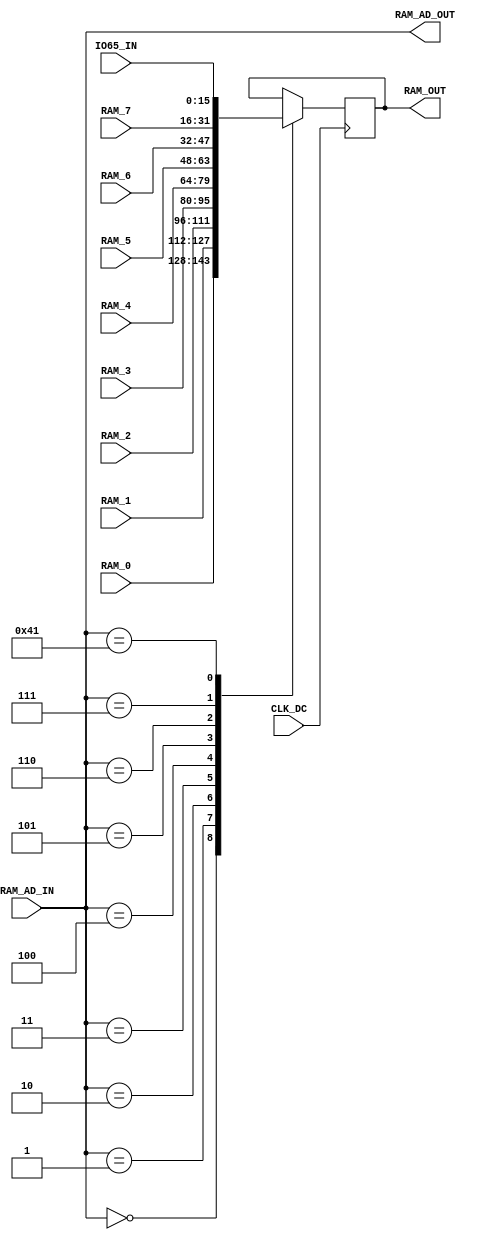
module ram_dc(
    input CLK_DC,
    input[7:0] RAM_AD_IN,
    input[15:0] RAM_0,
    input[15:0] RAM_1,
    input[15:0] RAM_2,
    input[15:0] RAM_3,
    input[15:0] RAM_4,
    input[15:0] RAM_5,
    input[15:0] RAM_6,
    input[15:0] RAM_7,
    input[15:0] IO65_IN,
    output[7:0] RAM_AD_OUT,
    output reg[15:0] RAM_OUT
);

    always @(posedge CLK_DC) begin
        case (RAM_AD_IN)
            8'b00000000: RAM_OUT = RAM_0;
            8'b00000001: RAM_OUT = RAM_1;
            8'b00000010: RAM_OUT = RAM_2;
            8'b00000011: RAM_OUT = RAM_3;
            8'b00000100: RAM_OUT = RAM_4;
            8'b00000101: RAM_OUT = RAM_5;
            8'b00000110: RAM_OUT = RAM_6;
            8'b00000111: RAM_OUT = RAM_7;
            8'b01000001: RAM_OUT = IO65_IN;
            default: ; // nothing to do
        endcase
    end
    assign RAM_AD_OUT = RAM_AD_IN;
endmodule